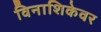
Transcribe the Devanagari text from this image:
विनाशिकेवर